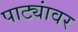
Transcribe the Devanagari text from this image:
पाट्यांवर